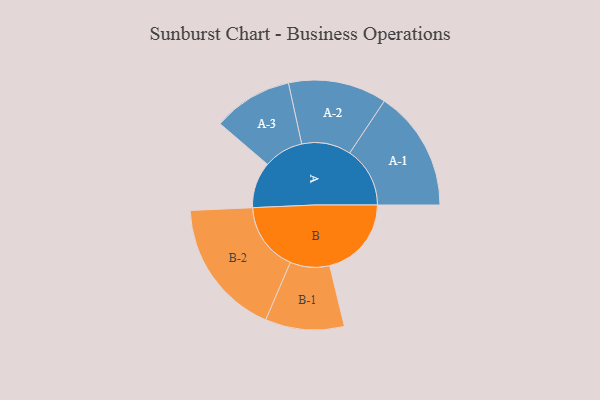
{"axis": {"x": "Segment", "y": "Value"}, "legend": ["", "A", "B"], "data": [{"x": "A", "y": 146, "type": ""}, {"x": "B", "y": 259, "type": ""}, {"x": "A-1", "y": 191, "type": "A"}, {"x": "A-2", "y": 156, "type": "A"}, {"x": "A-3", "y": 126, "type": "A"}, {"x": "B-1", "y": 125, "type": "B"}, {"x": "B-2", "y": 218, "type": "B"}]}